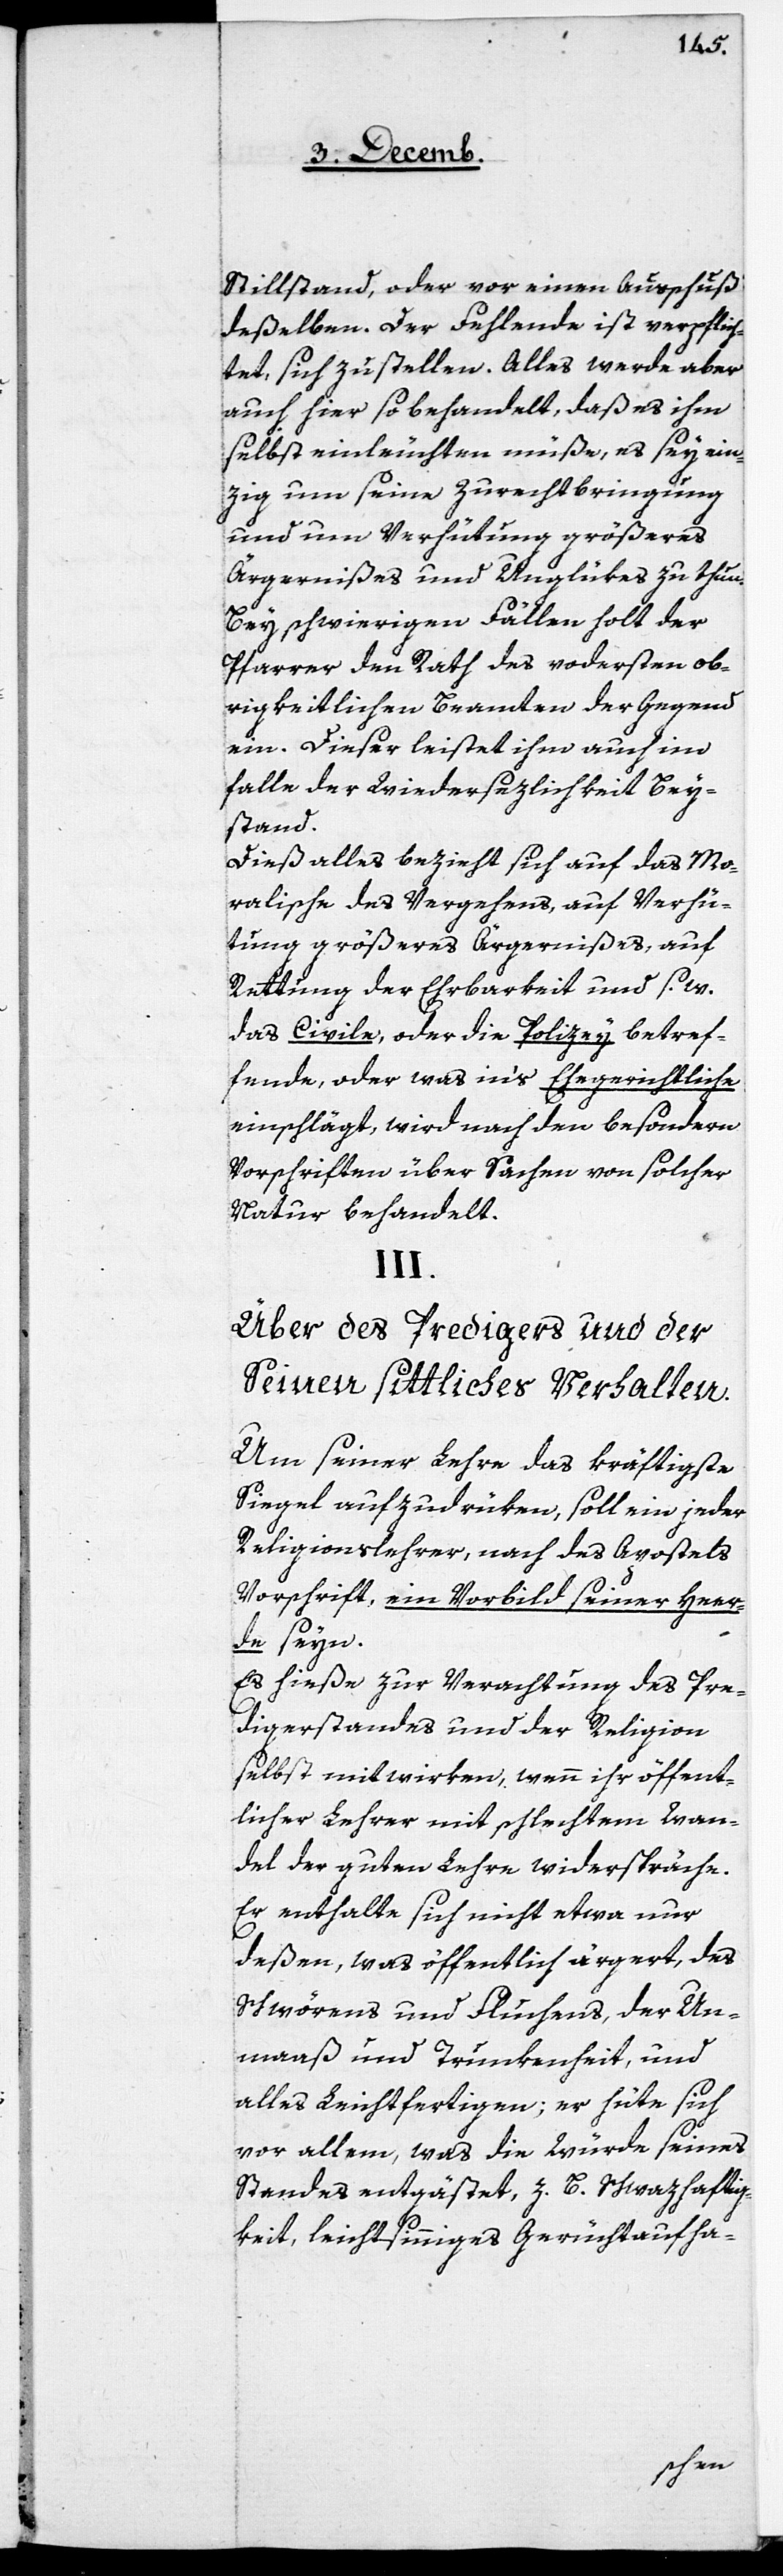
Stillstand, oder vor einen Ausschuß
deßelben. Der Fehlende ist verpflich¬
tet, sich zu stellen. Alles werde aber
auch hier so behandelt, daß es ihm
selbst einleuchten müße, es sey ein¬
zig um seine Zurechtbringung
und um Verhütung größeres
Ärgernißes und Unglükes zu thun.
Bey schwierigen Fällen holt der
Pfarrer den Rath des vordersten ob¬
rigkeitlichen Beamten der Gegend
ein. Dieser leistet ihm auch im
Falle der Widersezlichkeit Bey¬
stand.
Dieß alles bezieht sich auf das Mo¬
ralische des Vergehens, auf Verhü¬
tung größeres Ärgernißes, auf
Rettung der Ehrbarkeit und s. w.
das Civile, oder die Polizey betref¬
fende, oder was in’s Ehegerichtliche
einschlägt, wird nach den besondern
Vorschriften über Sachen von solcher
Natur behandelt.
III.
Über des Predigers und der
Seinen sittliches Verhalten.
Um seiner Lehre das kräftigste
Siegel aufzudrüken, soll ein jeder
Religionslehrer, nach des Apostels
Vorschrift, ein Vorbild seiner Heer¬
de seyn.
Es hieße zur Verachtung des Pre¬
digerstandes und der Religion
selbst mitwirken, wenn ihr öffent¬
licher Lehrer mit schlechtem Wan¬
del der guten Lehre widerspräche.
Er enthalte sich nicht etwa nur
deßen, was öffentlich ärgert, des
Schwörens und Fluchens, der Un¬
maaß und Trunkenheit, und
alles Leichtfertigen; er hüte sich
vor allem, was die Würde seines
Standes entgästet, z. B. Schwazhaftig¬
keit, leichtsinniges Gerüchtaufha-